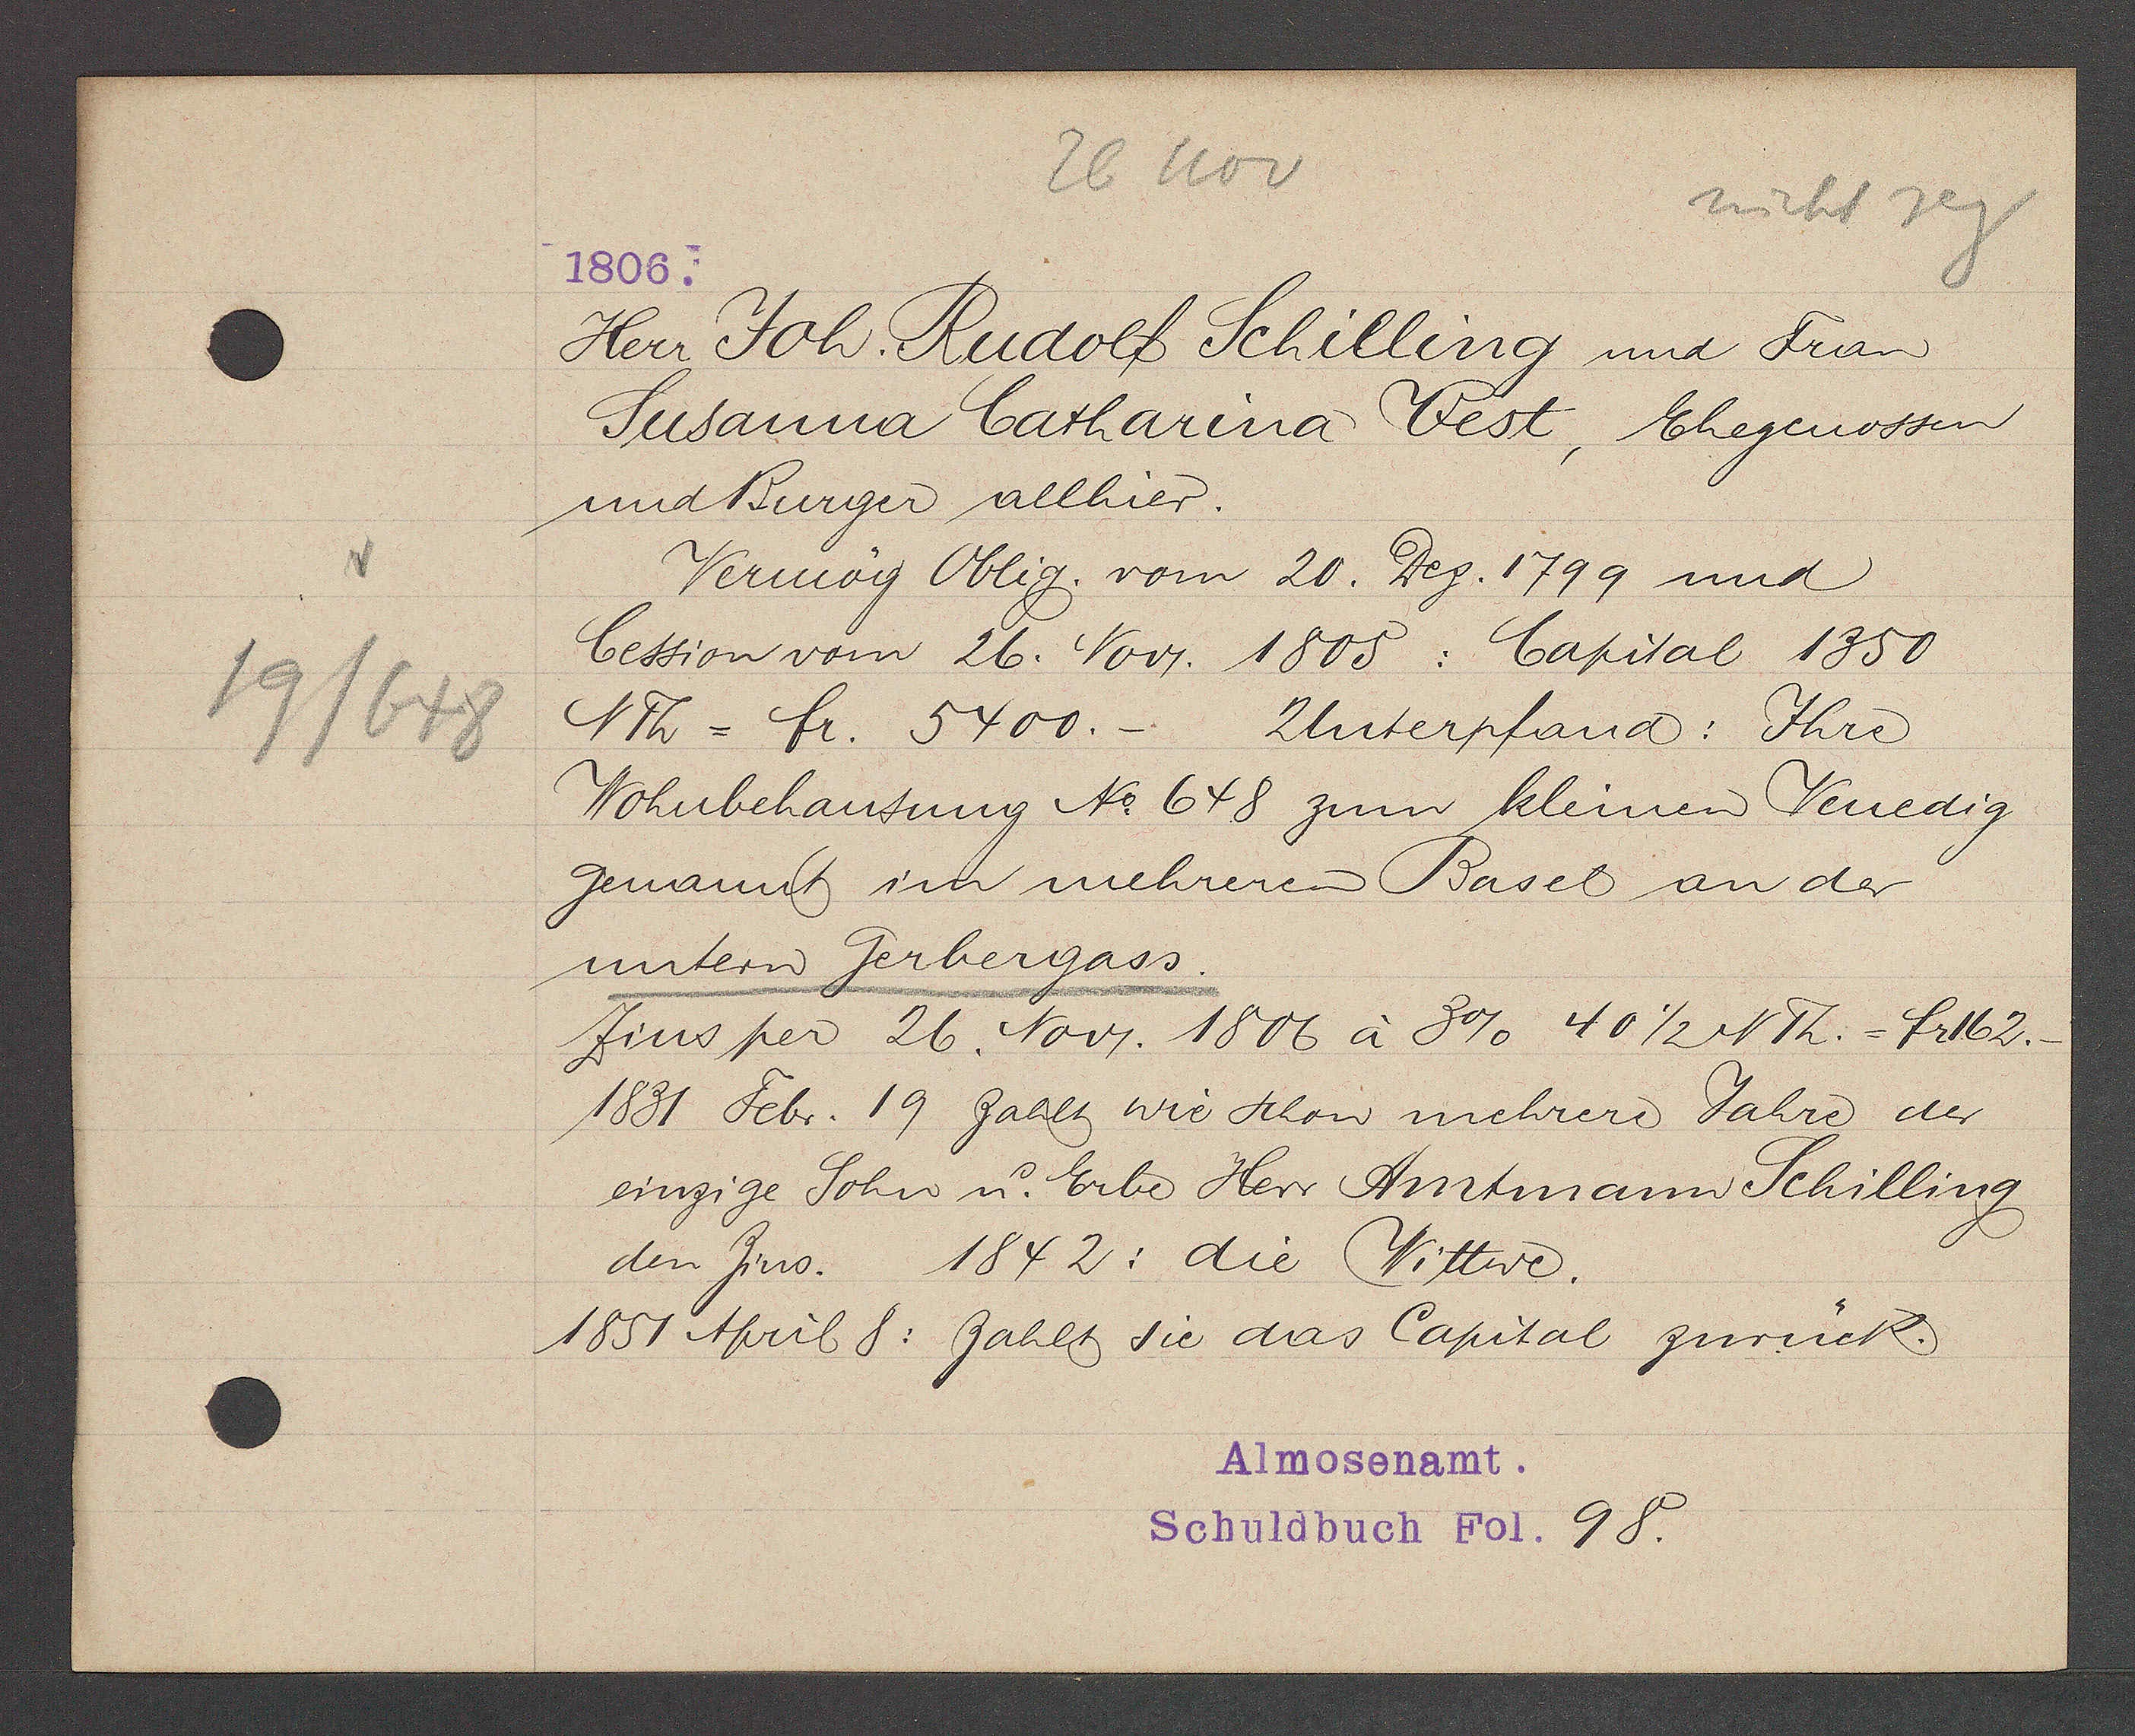
Transcript:
19/648

26 Nov
1806.

Herr Joh. Rudolf Schilling und Frau
Susanna Catharina Vest, Ehegenossen
und Burger allhier.
Vermög Oblig. vom 20. Dez. 1799 und
Cession vom 26. Nov. 1805: Capital 1350
NTh = fr. 5400.-
Unterpfand: Ihre
Wohnbehausung No 648 zum kleinen Venedig
genant im mehreren Basel an der
untern Gerbergass.
Zins per 26. Nov. 1806 à 3% 40 1/2 NTh. = fr 162.-
1831 Febr. 19 zahlt wie schon mehrere Jahre der
einzige Sohn u. Erbe Herr Amtmann Schilling
den Zins. 1842: die Wittwe.
1851 April 8: Zahlt sie das Capital zurück.

Almosenamt.
Schuldbuch Fol. 98.